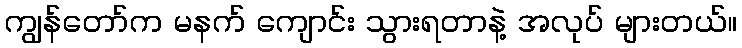
ကျွန်တော်က မနက် ကျောင်း သွားရတာနဲ့ အလုပ် များတယ်။